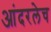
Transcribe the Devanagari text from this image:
आंदरलेच